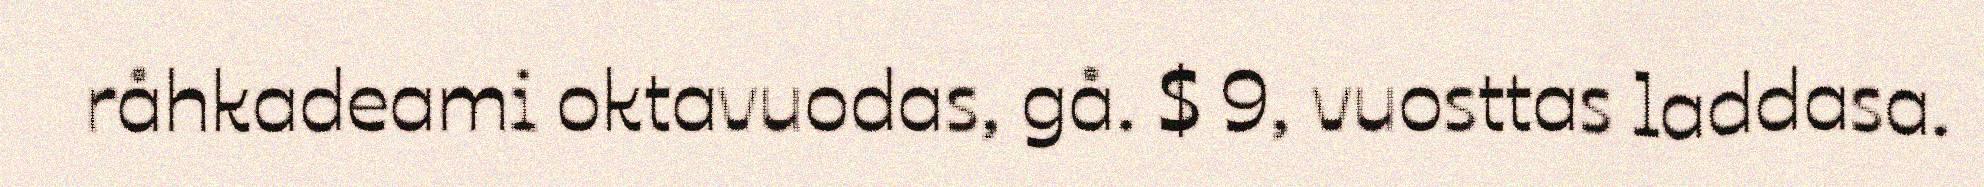
råhkadeami oktavuodas, gå. $ 9, vuosttas laddasa.